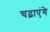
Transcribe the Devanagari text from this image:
चढ़ाएंगे